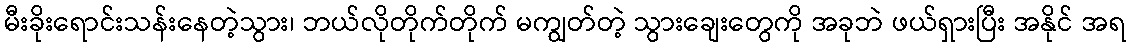
မီးခိုးရောင်းသန်းနေတဲ့သွား၊ ဘယ်လိုတိုက်တိုက် မကျွတ်တဲ့ သွားချေးတွေကို အခုဘဲ ဖယ်ရှားပြီး အနိုင် အရ